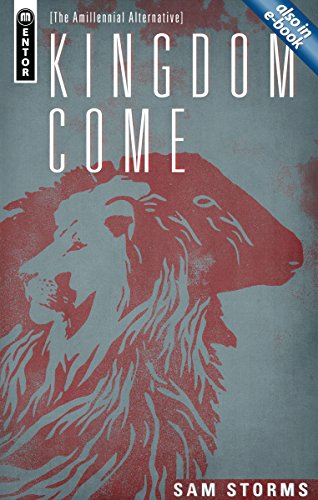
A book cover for Kingdom Come: The Amillennial Alternative; Sam Storms; Christian Books & Bibles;